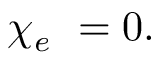
\chi _ { e } \ = 0 .